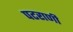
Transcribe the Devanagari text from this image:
पटराणी